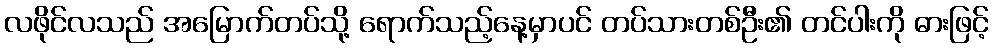
လဖိုင်လသည် အမြောက်တပ်သို့ ရောက်သည့်နေ့မှာပင် တပ်သားတစ်ဦး၏ တင်ပါးကို ဓားဖြင့်